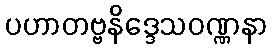
ပဟာတဗ္ဗနိဒ္ဒေသဝဏ္ဏနာ